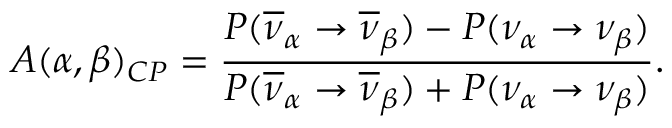
A ( \alpha , \beta ) _ { \scriptsize C P } = \frac { P ( \overline { { { \nu } } } _ { \alpha } \rightarrow \overline { { { \nu } } } _ { \beta } ) - P ( \nu _ { \alpha } \rightarrow \nu _ { \beta } ) } { P ( \overline { { { \nu } } } _ { \alpha } \rightarrow \overline { { { \nu } } } _ { \beta } ) + P ( \nu _ { \alpha } \rightarrow \nu _ { \beta } ) } .